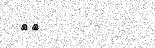
٣٩